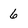
Character: 6